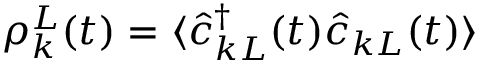
\rho _ { k } ^ { L } ( t ) = \langle \hat { c } _ { k L } ^ { \dagger } ( t ) \hat { c } _ { k L } ( t ) \rangle